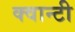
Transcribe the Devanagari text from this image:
क्वान्टी